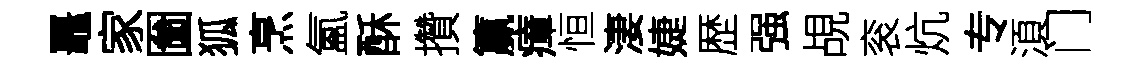
鼉家圗狐烹氳酥攢籯瘴恒淒婕歴强覘衮炕专湏门